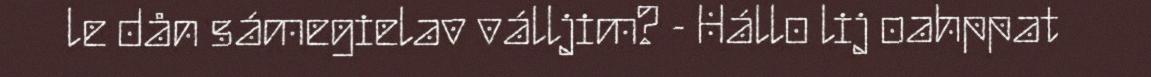
le dån sámegielav válljim? - Hállo lij oahppat